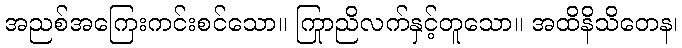
အညစ်အကြေးကင်းစင်သော။ ကြာညိုလက်နှင့်တူသော။ အထိနိသိတေန၊